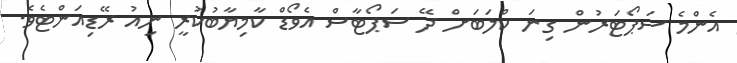
އެންމެ ސަޕޯޓަރުން ގިނަ ކްލަބަށް ދޭ ސަޕޯޓާސް އެވޯޑް ކާމިޔާބުކުރީ ނިއު ރޭޑިއަންޓެވެ.